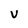
Character: V